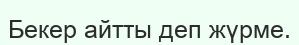
Бекер айтты деп жүрме.